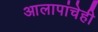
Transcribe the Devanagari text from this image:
आलापांचेही